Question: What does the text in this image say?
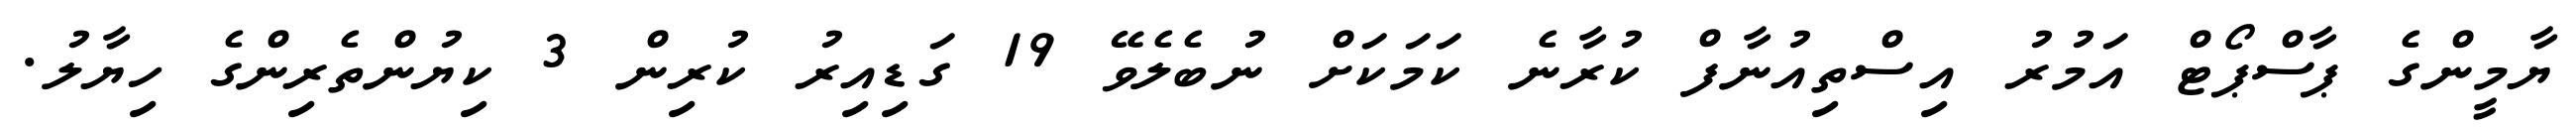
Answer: ޔާމީންގެ ޕާސްޕޯޓް އަމުރު އިސްތިއުނާފް ކުރާނެ ކަމަކަށް ނުބެލެވޭ 19 ގަޑިއިރު ކުރިން 3 ކިޔުންތެރިންގެ ހިޔާލު.